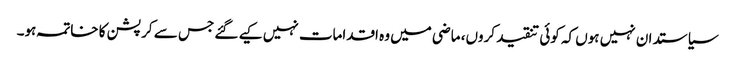
سیاستدان نہیں ہوں کہ کوئی تنقید کروں، ماضی میں وہ اقدامات نہیں کیے گئے جس سے کرپشن کا خاتمہ ہو۔